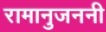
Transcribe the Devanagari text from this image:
रामानुजननी